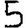
Digit: 5